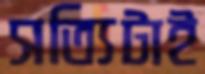
সত্যিটাই